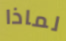
لماذا